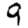
Digit: 9